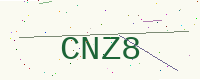
Text: CNZ8